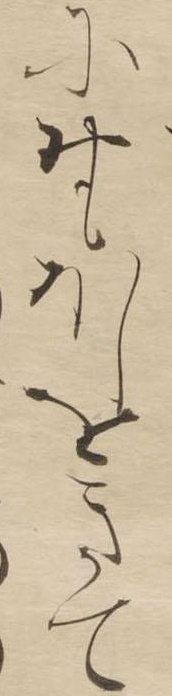
におもほしをきて